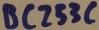
Text: BC253C